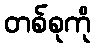
တစ်စုကို